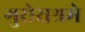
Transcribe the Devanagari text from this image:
गुरोराश्रमे